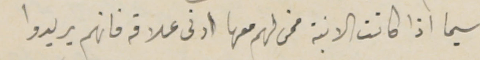
سيما اذا كانت الابنة ممن لهم معها ادنى علاقه فانهم يريدوا